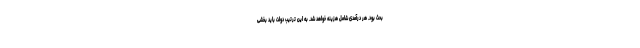
بحث بود. هر درآمدی شامل هزینه خواهد شد. به این ترتیب دولت باید بخشی